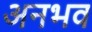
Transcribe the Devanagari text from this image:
अनभव